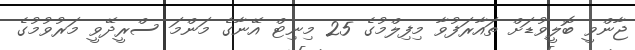
ޖާންވީ ބޮލީވުޑަށް ތައާރަފުވާ މިފިލްމުގެ 25 މިނިޓް އޭނާގެ މަންމަ ސްރީދޭވީ މަރުވުމުގެ